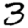
Digit: 3